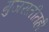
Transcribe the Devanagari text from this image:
गुजरातीतही